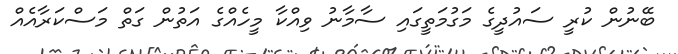
ބޭނުން ކުރީ ސައުދީގެ މަގުމަތީގައި ސާމާނު ވިއްކާ މީހެއްގެ އަތުން ގަތް މަސްކަރާއެއް